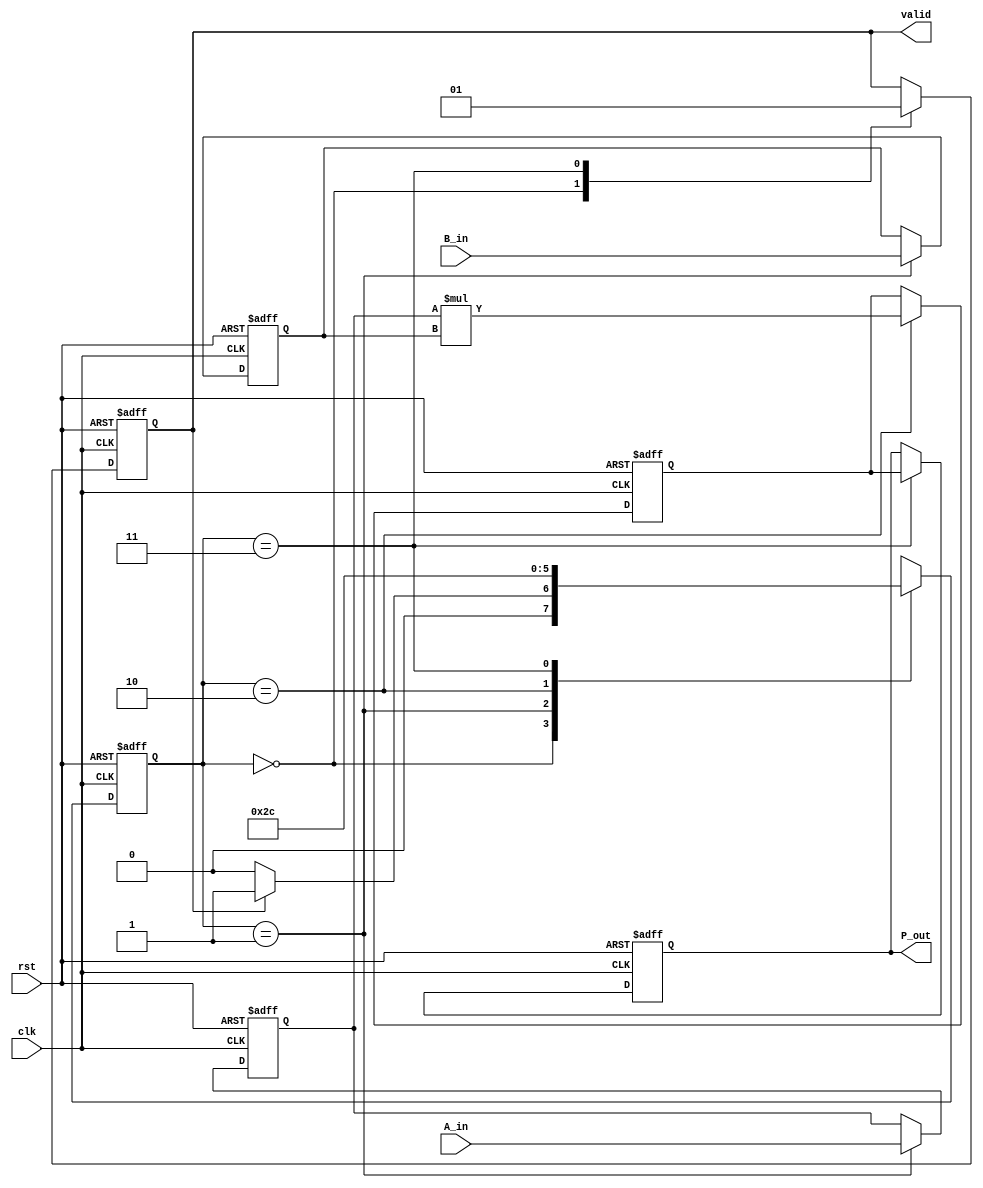
module streaming_multiplier #(
    parameter DATA_WIDTH = 16 // Configurable data width
)(
    input wire clk,
    input wire rst,
    input wire [DATA_WIDTH-1:0] A_in,
    input wire [DATA_WIDTH-1:0] B_in,
    output reg [2*DATA_WIDTH-1:0] P_out,
    output reg valid
);

    // Internal signals
    reg [DATA_WIDTH-1:0] A_buf, B_buf;
    reg [2*DATA_WIDTH-1:0] product;
    reg [1:0] state, next_state;

    // State encoding
    localparam IDLE = 2'b00,
               LOAD = 2'b01,
               MULTIPLY = 2'b10,
               OUTPUT = 2'b11;

    // State transition logic
    always @(posedge clk or posedge rst) begin
        if (rst) begin
            state <= IDLE;
        end else begin
            state <= next_state;
        end
    end

    // Next state logic
    always @(*) begin
        case (state)
            IDLE: begin
                if (valid) begin
                    next_state = LOAD;
                end else begin
                    next_state = IDLE;
                end
            end
            LOAD: begin
                next_state = MULTIPLY;
            end
            MULTIPLY: begin
                next_state = OUTPUT;
            end
            OUTPUT: begin
                next_state = IDLE;
            end
            default: next_state = IDLE;
        endcase
    end

    // Data processing logic
    always @(posedge clk or posedge rst) begin
        if (rst) begin
            A_buf <= 0;
            B_buf <= 0;
            product <= 0;
            P_out <= 0;
            valid <= 0;
        end else begin
            case (state)
                IDLE: begin
                    // Wait for valid input
                    valid <= 0;
                end
                LOAD: begin
                    // Load inputs into buffers
                    A_buf <= A_in;
                    B_buf <= B_in;
                end
                MULTIPLY: begin
                    // Perform multiplication
                    product <= A_buf * B_buf;
                end
                OUTPUT: begin
                    // Output the product
                    P_out <= product;
                    valid <= 1; // Indicate that output is valid
                end
            endcase
        end
    end

endmodule